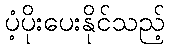
ပံ့ပိုးပေးနိုင်သည့်